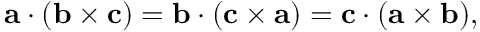
\mathbf { a } \cdot ( \mathbf { b } \times \mathbf { c } ) = \mathbf { b } \cdot ( \mathbf { c } \times \mathbf { a } ) = \mathbf { c } \cdot ( \mathbf { a } \times \mathbf { b } ) ,